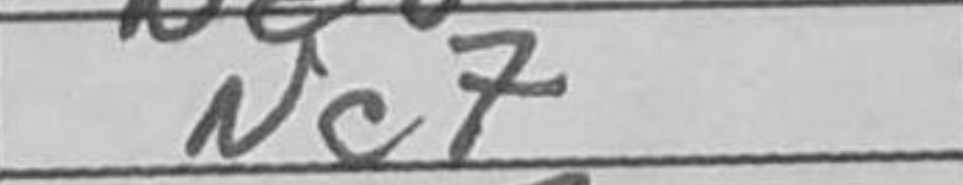
Transcription: Nc7